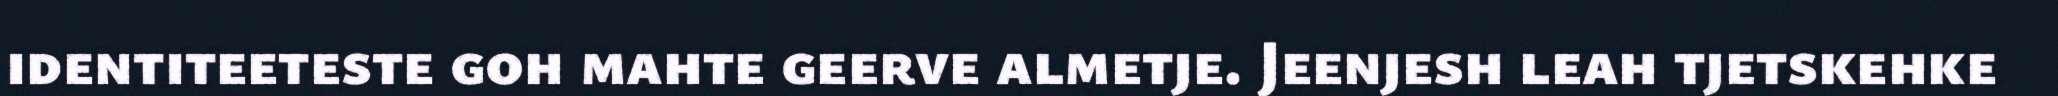
identiteeteste goh mahte geerve almetje. Jeenjesh leah tjetskehke